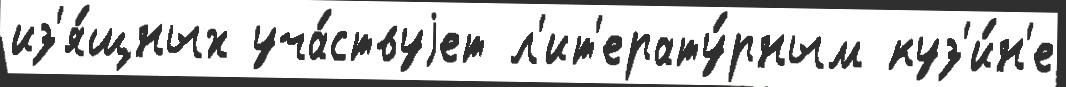
из'я́щных уча́ствуjет л'ит'ерату́рным куз'и́н'е